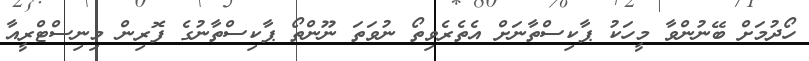
ހޯދުމަށް ބޭނުންވާ މީހަކު ޕާކިސްތާނަށް އެތެރެވިތޯ ނުވަތަ ނޫންތޯ ޕާކިސްތާނުގެ ފޮރިން މިނިސްޓްރީއާ